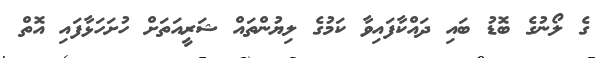
ގެ ލޯނުގެ ބޮޑު ބައި ދައްކާފައިވާ ކަމުގެ ލިޔުންތައް ޝަރީއަތަށް ހުށަހަޅާފައި އޮތް